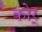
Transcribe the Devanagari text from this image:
कोर्